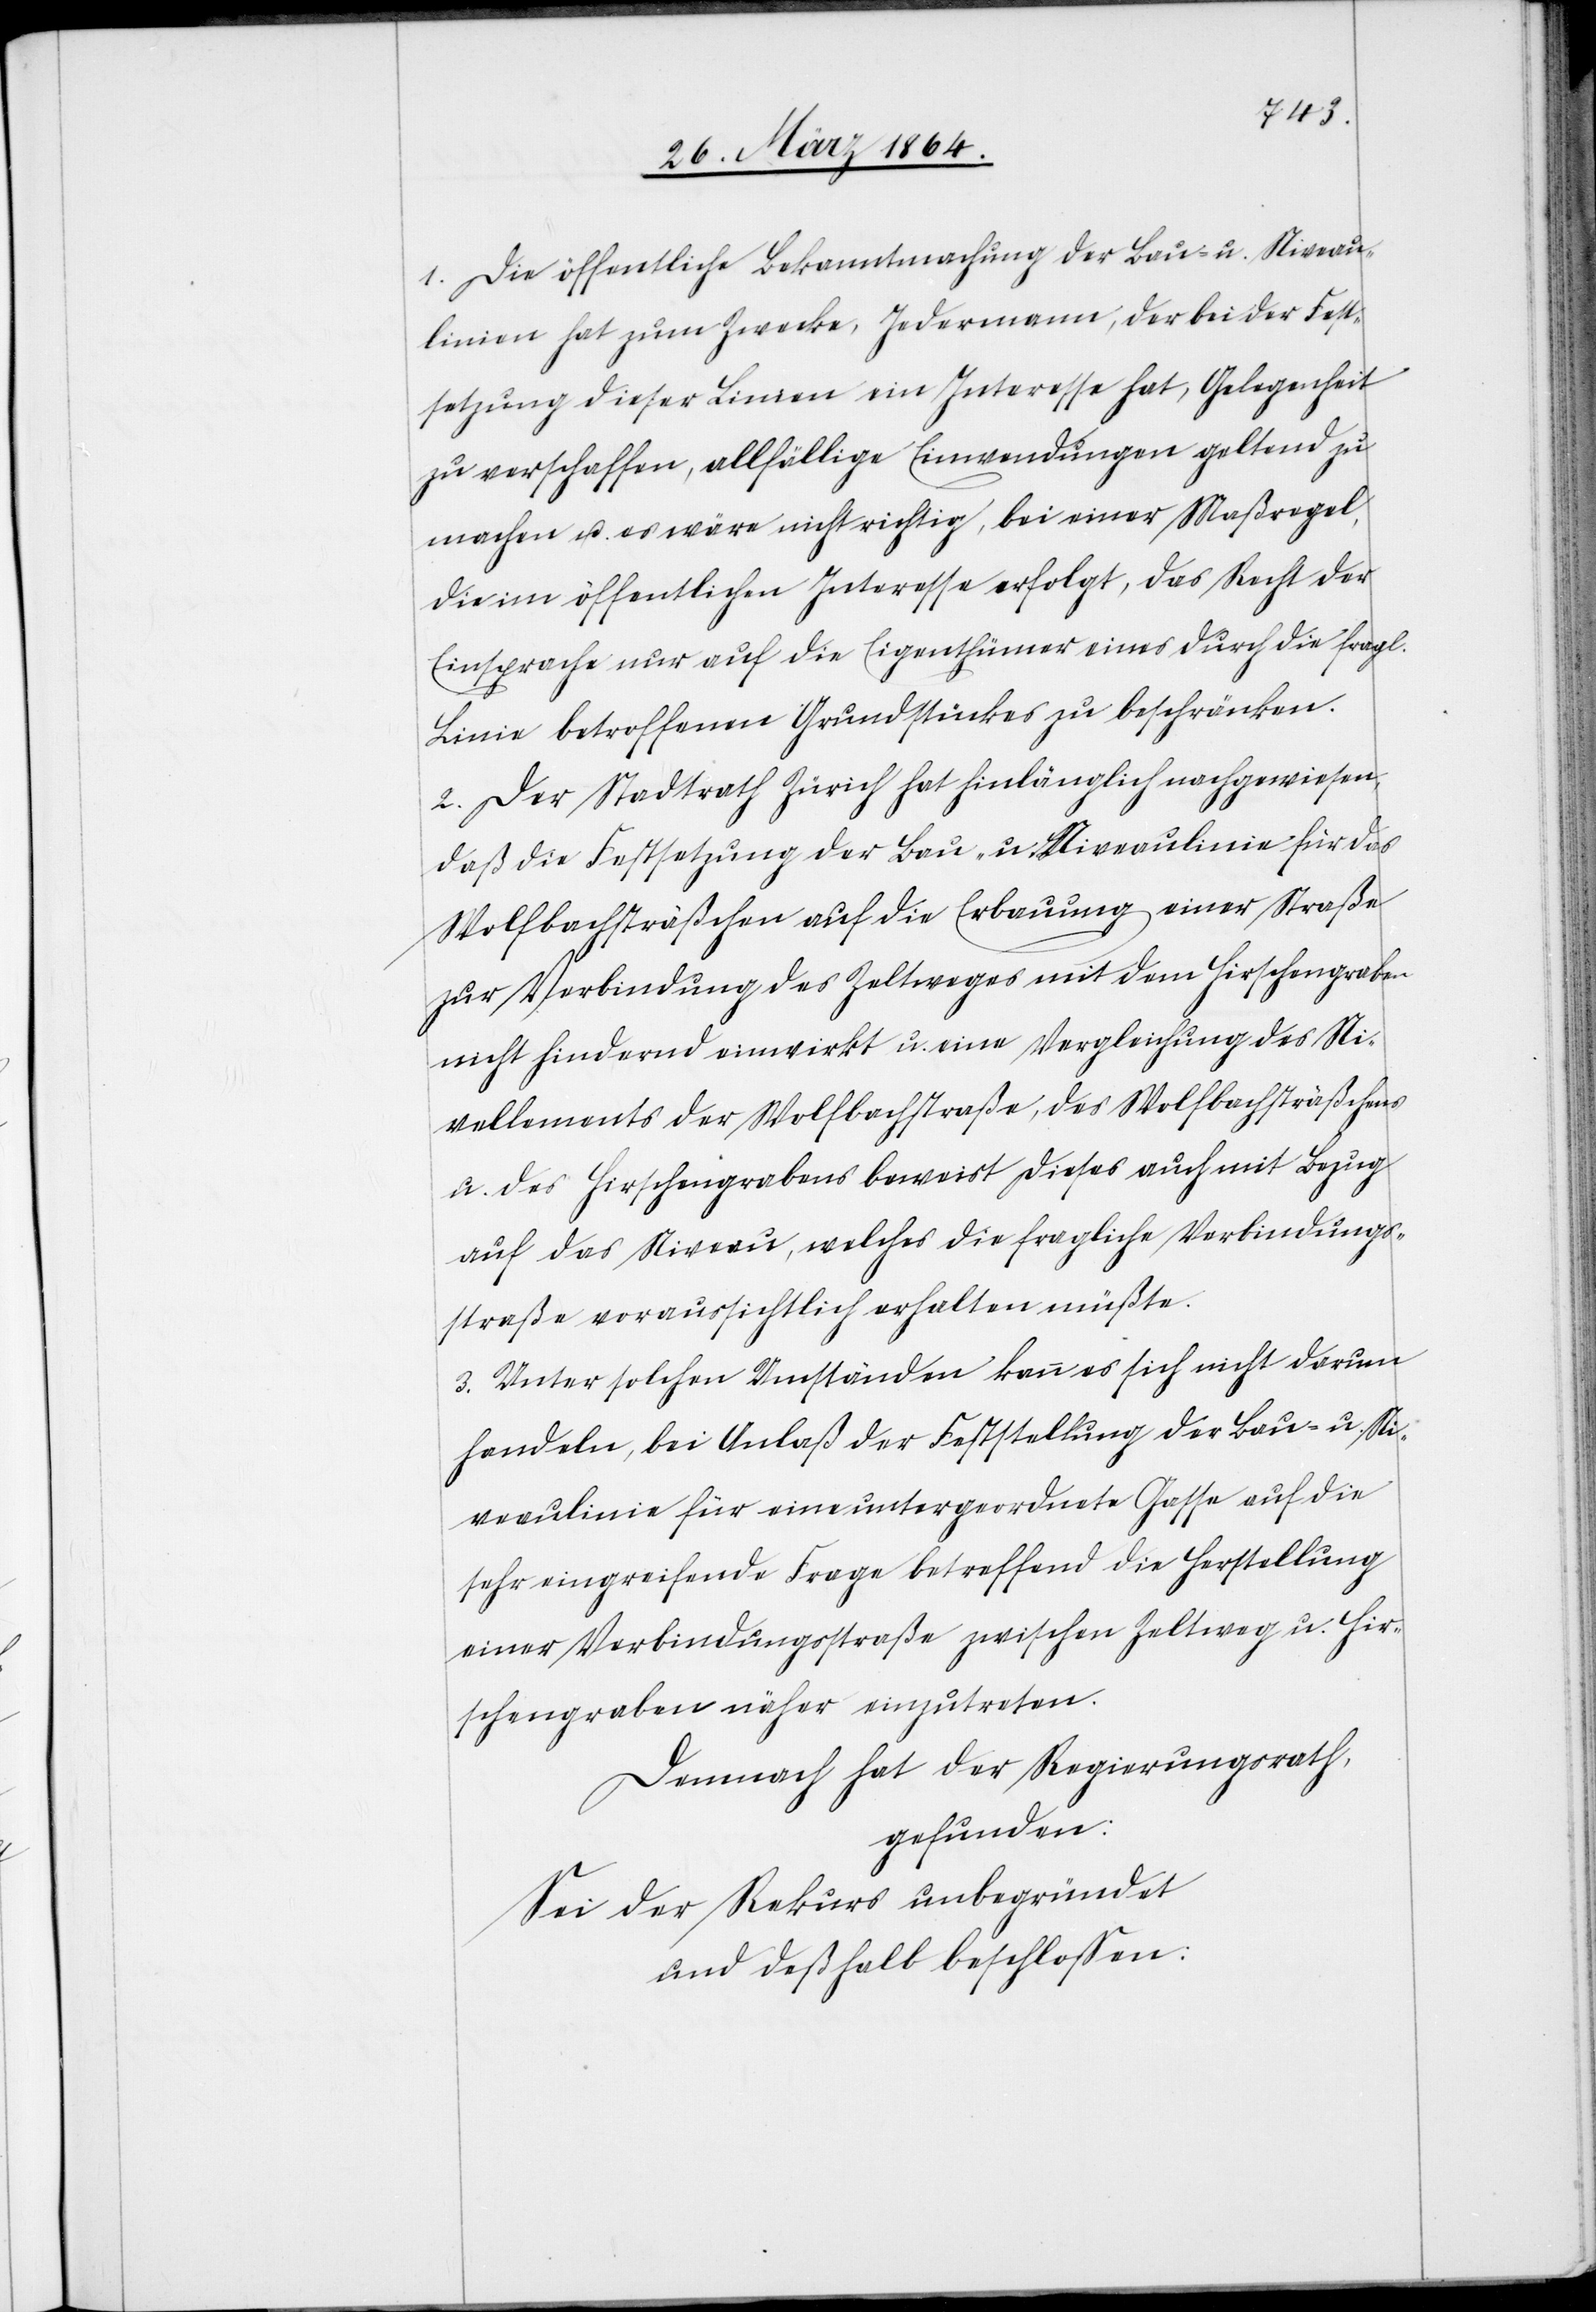
1. Die öffentliche Bekanntmachung der Bau- u. Niveau¬
linien hat zum Zwecke, Jedermann, der bei der Fest¬
setzung dieser Linien ein Interesse hat, Gelegenheit
zu verschaffen, allfällige Einwendungen geltend zu
machen u. es wäre nicht richtig, bei einer Maßregel,
die im öffentlichen Interesse erfolgt, das Recht der
Einsprache nur auf die Eigenthümer eines durch die fragl.
Linie betroffnen Grundstückes zu beschränken.
2. Der Stadtrath Zürich hat hinlänglich nachgewiesen,
daß die Festsetzung der Bau- u. Niveaulinie für das
Wolfbachsträßchen auf die Erbauung einer Straße
zur Verbindung des Zeltweges mit dem Hirschengraben
nicht hindernd einwirkt u. einer Vergleichung des Ni¬
vellements der Wolfbachstraße, des Wolfbachsträßchens
u. des Hirschengrabens beweist dieses auch mit Bezug
auf das Niveau, welches die fragliche Verbindungs¬
straße voraussichtlich erhalten müßte.
3. Unter solchen Umständen kann es sich nicht darum
handeln, bei Anlaß der Feststellung der Bau- u. Ni¬
veaulinie für eine untergeordnete Gasse auf die
sehr eingreifende Frage betreffend die Herstellung
einer Verbindungsstraße zwischen Zeltweg u. Hir¬
schengraben näher einzutreten.
Demnach hat der Regierungsrath,
gefunden:
Sei der Rekurs unbegründet
und deßhalb beschlossen: